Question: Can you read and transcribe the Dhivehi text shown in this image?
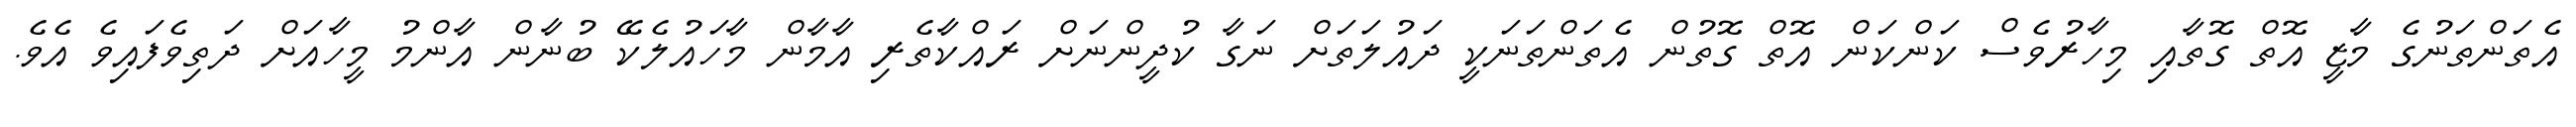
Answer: އެތަންތަނުގެ މާޒީ އޮތް ގޮތާއި މިހާރުވެސް ކަންކަން އޮތް ގޮތުން އެތަންތަނަކީ ދައުލަތަށް ނަގާ ކުދީންނަށް ރައްކާތެރި އާމާން މާހައުލެކޭ ބުނާން އާންމު މީހާއަށް ދަތިވެފައިވެ އެވެ.